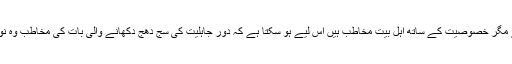
اس آیت میں چونکہ عام مسلمان خواتین بھی مخاطب ہے مگر خصوصیت کے ساتھ اہل بیت مخاطب ہیں اس لیے ہو سکتا ہے کہ دور جاہلیت کی سج دھج دکھانے والی بات کی مخاطب وہ نو مسلم خواتین ہوں جو پہلے اپنی آرائش دکھاتی رہی ہوں۔